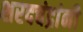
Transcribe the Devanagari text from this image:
शरदचंद्रांनी